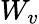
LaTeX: W_{v}